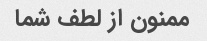
ممنون از لطف شما